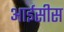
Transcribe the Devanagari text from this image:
आईसीस